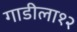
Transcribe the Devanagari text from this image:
गाडीला१२